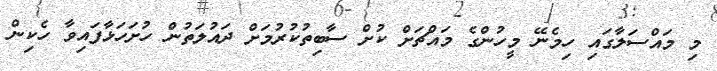
މި މައްސަލާގައި ހިމެނޭ މީހުންގެ މައްޗަށް ކުށް ސާބިތުކުރުމަށް ދައުލަތުން ހުށަހަޅާފައިވާ ހެކިން